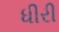
ધીરી